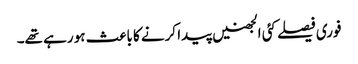
فوری فیصلے کئی الجھنیں پیدا کرنے کا باعث ہو رہے تھے۔